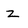
Character: z